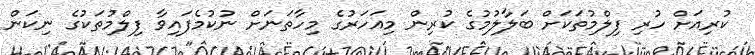
ކުރިއަށް ހުރި ފިލްމުތަކަށް ބަލާލުމުގެ ކުރިން މިއަހަރުގެ މިހާތަނަށް ނުކުމެފައިވާ ފިލްމުތަކުގެ ނިކަން